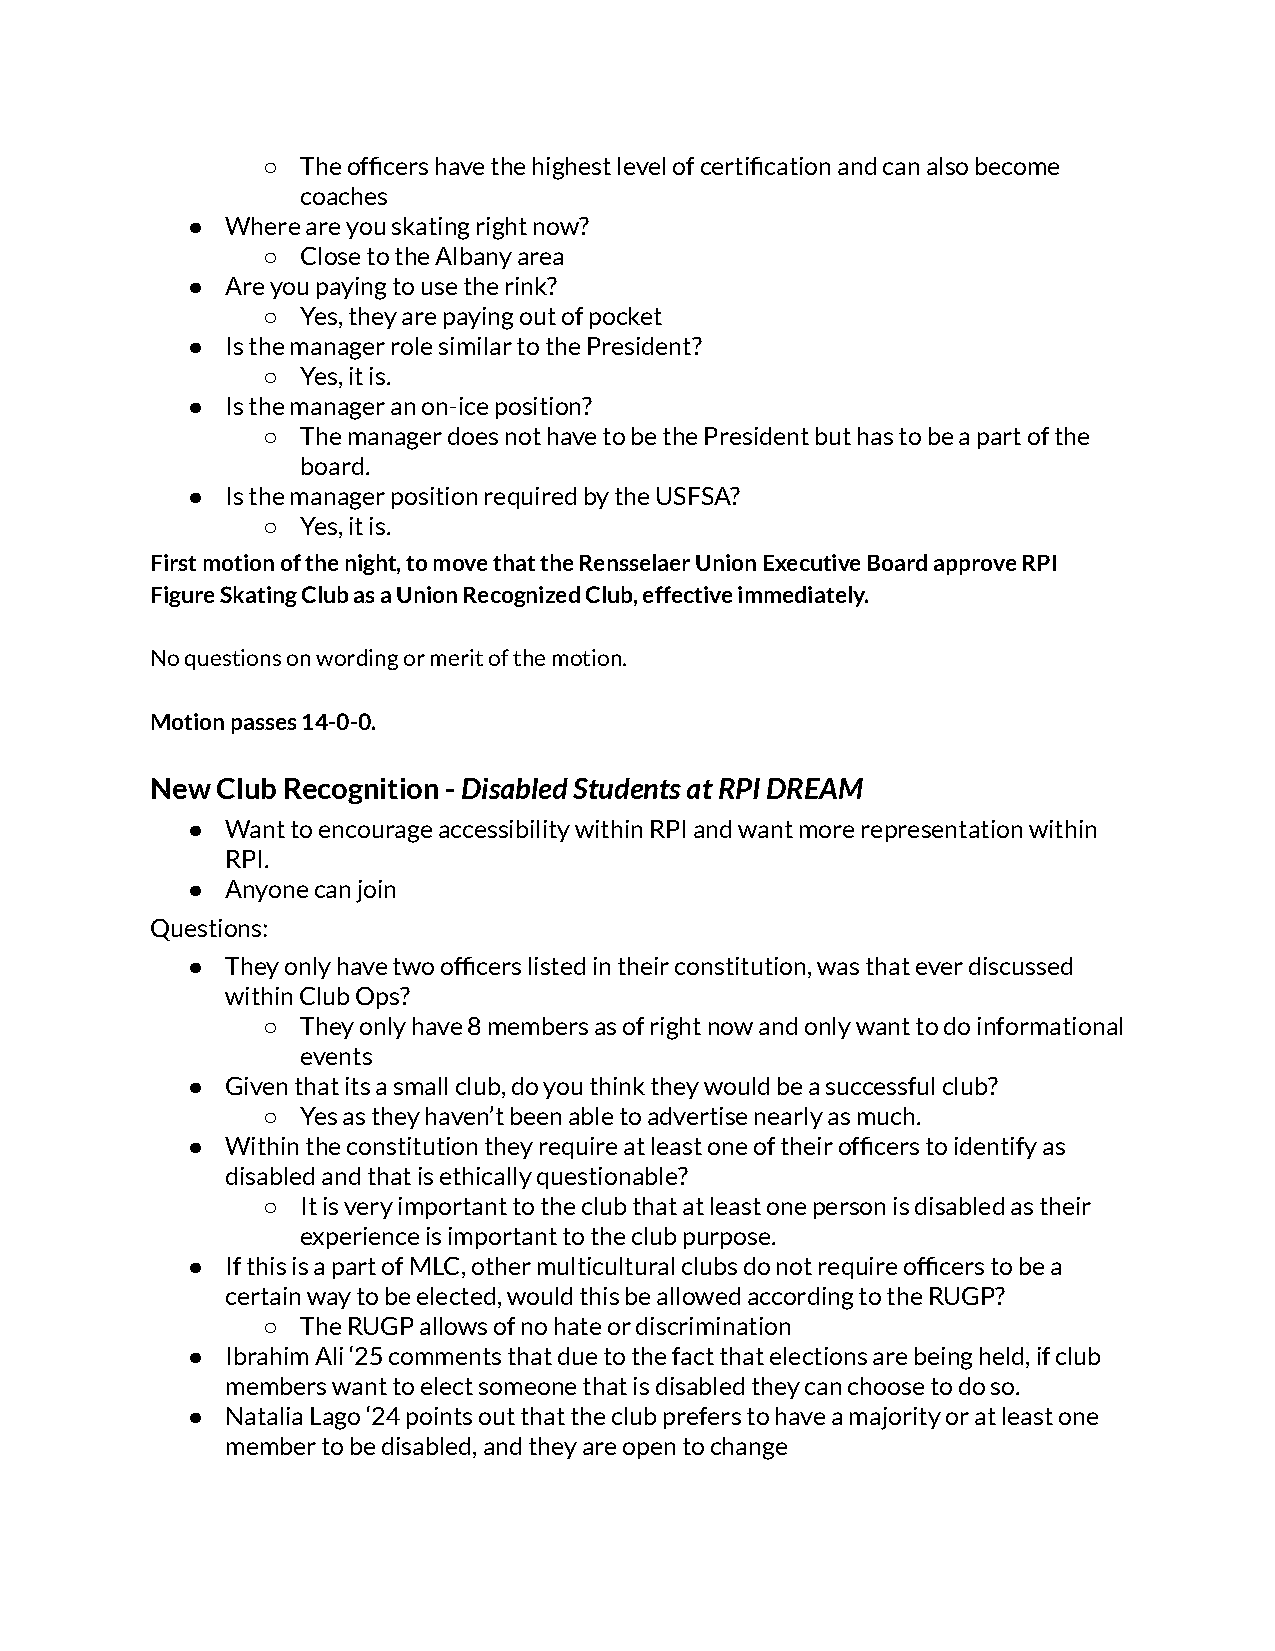
○  The officers have the highest level of certification and can also become
 coaches
 ●  Where are you skating right now?
 ○  Close to the Albany area
 ●  Are you paying to use the rink?
 ○  Yes, they are paying out of pocket
 ●  Is the manager role similar to the President?
 ○  Yes, it is.
 ●  Is the manager an on-ice position?
 ○  The manager does not have to be the President but has to be a part of the
 board.
 ●  Is the manager position required by the USFSA?
 ○  Yes, it is.
 First motion of the night, to move that the Rensselaer Union Executive Board approve RPI
 Figure Skating Club as a Union Recognized Club, effective immediately.
 No questions on wording or merit of the motion.
 Motion passes 14-0-0.
 New Club Recognition -Disabled Students at RPI DREAM
 ●  Want to encourage accessibility within RPI and want more representation within
 RPI.
 ●  Anyone can join
 Questions:
 ●  They only have two officers listed in their constitution, was that ever discussed
 within Club Ops?
 ○  They only have 8 members as of right now and only want to do informational
 events
 ●  Given that its a small club, do you think they would be a successful club?
 ○  Yes as they haven’t been able to advertise nearly as much.
 ●  Within the constitution they require at least one of their officers to identify as
 disabled and that is ethically questionable?
 ○  It is very important to the club that at least one person is disabled as their
 experience is important to the club purpose.
 ●  If this is a part of MLC, other multicultural clubs do not require officers to be a
 certain way to be elected, would this be allowed according to the RUGP?
 ○  The RUGP allows of no hate or discrimination
 ●  Ibrahim Ali ‘25 comments that due to the fact that elections are being held, if club
 members want to elect someone that is disabled they can choose to do so.
 ●  Natalia Lago ‘24 points out that the club prefers to have a majority or at least one
 member to be disabled, and they are open to change